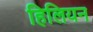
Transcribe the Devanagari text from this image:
हिलियन